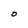
Character: O